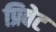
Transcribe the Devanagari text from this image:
प्रिवेट